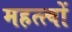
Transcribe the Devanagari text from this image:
महत्त्वों